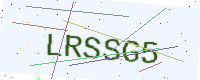
Text: LRSSG5